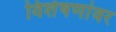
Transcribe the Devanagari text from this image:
विशेषणांवर